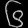
Digit: ၆